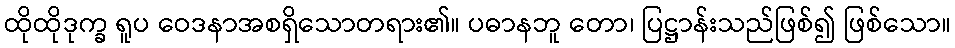
ထိုထိုဒုက္ခ ရူပ ဝေဒနာအစရှိသောတရား၏။ ပဓာနဘူ တော၊ ပြဋ္ဌာန်းသည်ဖြစ်၍ ဖြစ်သော။